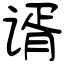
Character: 谞